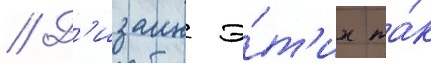
// Д'изаин э́т'их та́к